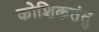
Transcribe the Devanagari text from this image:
कोशिकतंतु